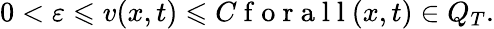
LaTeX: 0<\varepsilon\leqslant v(x,t)\leqslant C\mathrm{~f~o~r~a~l~l~}(x,t)\in Q_{T}.